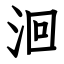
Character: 洄